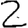
Digit: 2